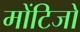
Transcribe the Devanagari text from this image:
मोंटिजो